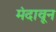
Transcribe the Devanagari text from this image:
मंदावून